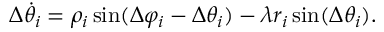
\Delta \dot { \theta } _ { i } = \rho _ { i } \sin ( \Delta \varphi _ { i } - \Delta \theta _ { i } ) - \lambda r _ { i } \sin ( \Delta \theta _ { i } ) .